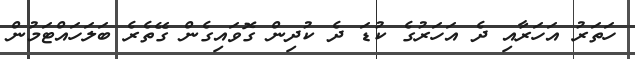
ހަތަރު އަހަރާއި ދެ އަހަރުގެ ކުޑަ ދެ ކުދިން ގޮވައިގެން ގޭތެރެ ބަލަހައްޓަމުން